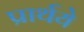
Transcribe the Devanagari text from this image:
प्रार्थये